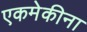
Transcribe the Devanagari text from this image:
एकमेकीना